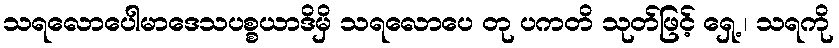
သရလောပေါမာဒေသပစ္စယာဒိမှိ သရလောပေ တု ပကတိ သုတ်ဖြင့် ရှေ့ ၊ သရကို